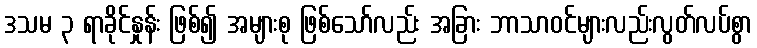
ဒသမ ၃ ရာခိုင်နှုန်း ဖြစ်၍ အများစု ဖြစ်သော်လည်း အခြား ဘာသာဝင်များလည်းလွတ်လပ်စွာ